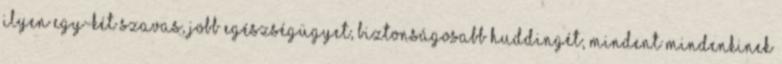
ilyen egy-két szavas, jobb egészségügyet, biztonságosabb Huddingét, mindent mindenkinek